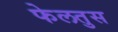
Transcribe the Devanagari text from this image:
फेलतुस